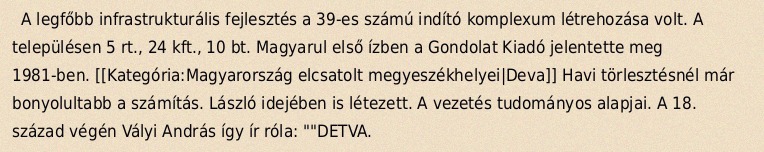
A legfőbb infrastrukturális fejlesztés a 39-es számú indító komplexum létrehozása volt. A településen 5 rt., 24 kft., 10 bt. Magyarul első ízben a Gondolat Kiadó jelentette meg 1981-ben. [[Kategória:Magyarország elcsatolt megyeszékhelyei|Deva]] Havi törlesztésnél már bonyolultabb a számítás. László idejében is létezett. A vezetés tudományos alapjai. A 18. század végén Vályi András így ír róla: ""DETVA.